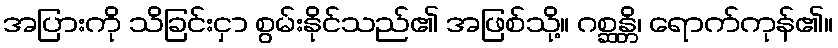
အပြားကို သိခြင်းငှာ စွမ်းနိုင်သည်၏ အဖြစ်သို့။ ဂစ္ဆန္တိ၊ ရောက်ကုန်၏။